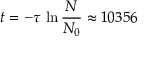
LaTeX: t = - \tau \, \ln { \frac { N } { N _ { 0 } } } \approx 1 0 3 5 6